Annual report of the Punjab Veterinary College and of the Civil Veterinary Department, Punjab - 1894-1908
Year: 1894
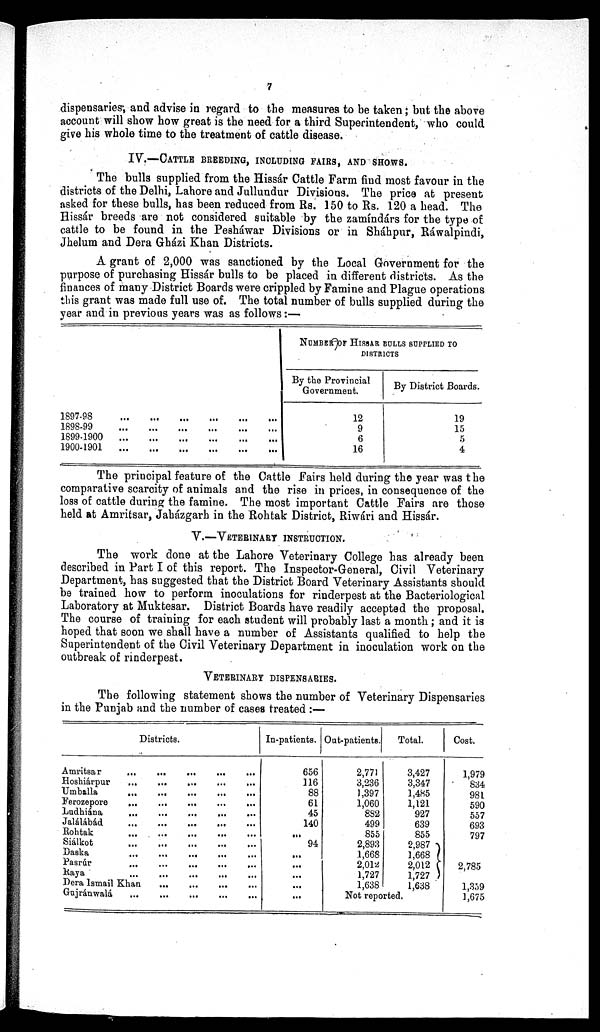
7
dispensaries; and advise in regard to the measures to be taken; but the above
account will show how great is the need for a third Superintendent, who could
give his whole time to the treatment of cattle disease.
IV.—CATTLE BREEDING, INCLUDING FAIRS, AND SHOWS.
The bulls supplied from the Hissár Cattle Farm find most favour in the
districts of the Delhi, Lahore and Jullundur Divisions. The price at present
asked for these bulls, has been reduced from Rs. 150 to Rs. 120 a head. The
Hissár breeds are not considered suitable by the zamíndárs for the type of
cattle to be found in the Pesháwar Divisions or in Sháhpur, Ráwalpindi,
Jhelum and Dera Ghazi Khan Districts.
A grant of 2,000 was sanctioned by the Local Government for the
purpose of purchasing Hissár bulls to be placed in different districts. As the
finances of many District Boards were crippled by Famine and Plague operations
this grant was made full use of. The total number of bulls supplied during the
year and in previous years was as follows:—
1897-98
1898-99
1899-1900
1900-1901
...
...
...
...
...
...
...
...
...
...
...
...
...
...
...
...
...
...
...
...
...
...
...
...
NUMBER OF HISSAR BULLS SUPPLIED TO
DISTRICTS
By the Provincial
Government.
12
9
6
16
By District Boards.
19
15
5
4
The principal feature of the Cattle Fairs held during the year was the
comparative scarcity of animals and the rise in prices, in consequence of the
loss of cattle during the famine. The most important Cattle Fairs are those
held at Amritsar, Jaházgarh in the Rohtak District, Riwári and Hissár.
V.—VETERINARY INSTRUCTION.
The work done at the Lahore Veterinary College has already been
described in Part I of this report. The Inspector-General, Civil Veterinary
Department, has suggested that the District Board Veterinary Assistants should
be trained how to perform inoculations for rinderpest at the Bacteriological
Laboratory at Muktesar. District Boards have readily accepted the proposal.
The course of training for each student will probably last a month; and it is
hoped that soon we shall have a number of Assistants qualified to help the
Superintendent of the Civil Veterinary Department in inoculation work on the
outbreak of rinderpest.
VETERINARY DISPENSARIES.
The following statement shows the number of Veterinary Dispensaries
in the Punjab and the number of cases treated:—
Amritsar
Hoshiárpur
Umballa
Ferozepore
Ludhiána
Jalalabad
Rohtak
Siálkot
Da8ka
Pasrúr
Raya
Districts.
...
...
...
...
...
...
...
...
...
...
...
Dera Ismail Khan
Gujránwalá
...
...
...
...
...
...
...
...
...
...
...
...
...
...
...
...
...
...
...
...
...
...
...
...
...
...
...
...
...
...
...
...
...
...
...
...
...
...
...
...
...
...
...
...
...
...
...
...
...
...
...
...
...
In-patients.
656
116
88
61
45
140
...
94
...
...
...
...
...
Out-patients.
2,771
3,236
1,397
1,060
882
499
855
2,893
1,668
2,012
1,727
1,638
Total.
3,427
3,347
1,485
1,121
927
639
855
2,987
1,668
2,012
1,727
1,638
Not reported.
Cost.
1,979
834
981
590
557
693
797
2,785
1,359
1,675